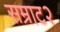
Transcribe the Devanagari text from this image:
सम्राट२